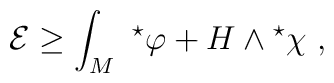
{\cal E} \ge \int_{M} \ {}^\star \varphi + H\wedge {}^\star\chi \ ,